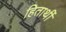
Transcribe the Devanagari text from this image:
हितार्थी